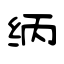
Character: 纳